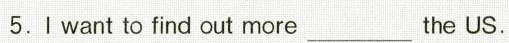
5.Ⅰwant to find out more ___ the US.